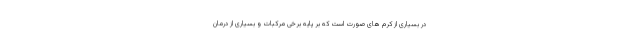
در بسیاری از کرم های صورت است که بر پایه برخی مرکبات و بسیاری از درمان